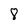
Character: 8